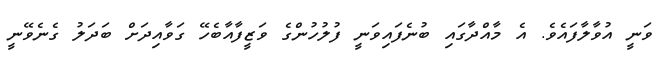
ވަނީ އުވާލާފައެވެ. އެ މާއްދާގައި ބުނެފައިވަނީ ފުލުހުންގެ ވަޒީފާއާބެހޭ ގަވާއިދަށް ބަދަލު ގެނެވޭނީ